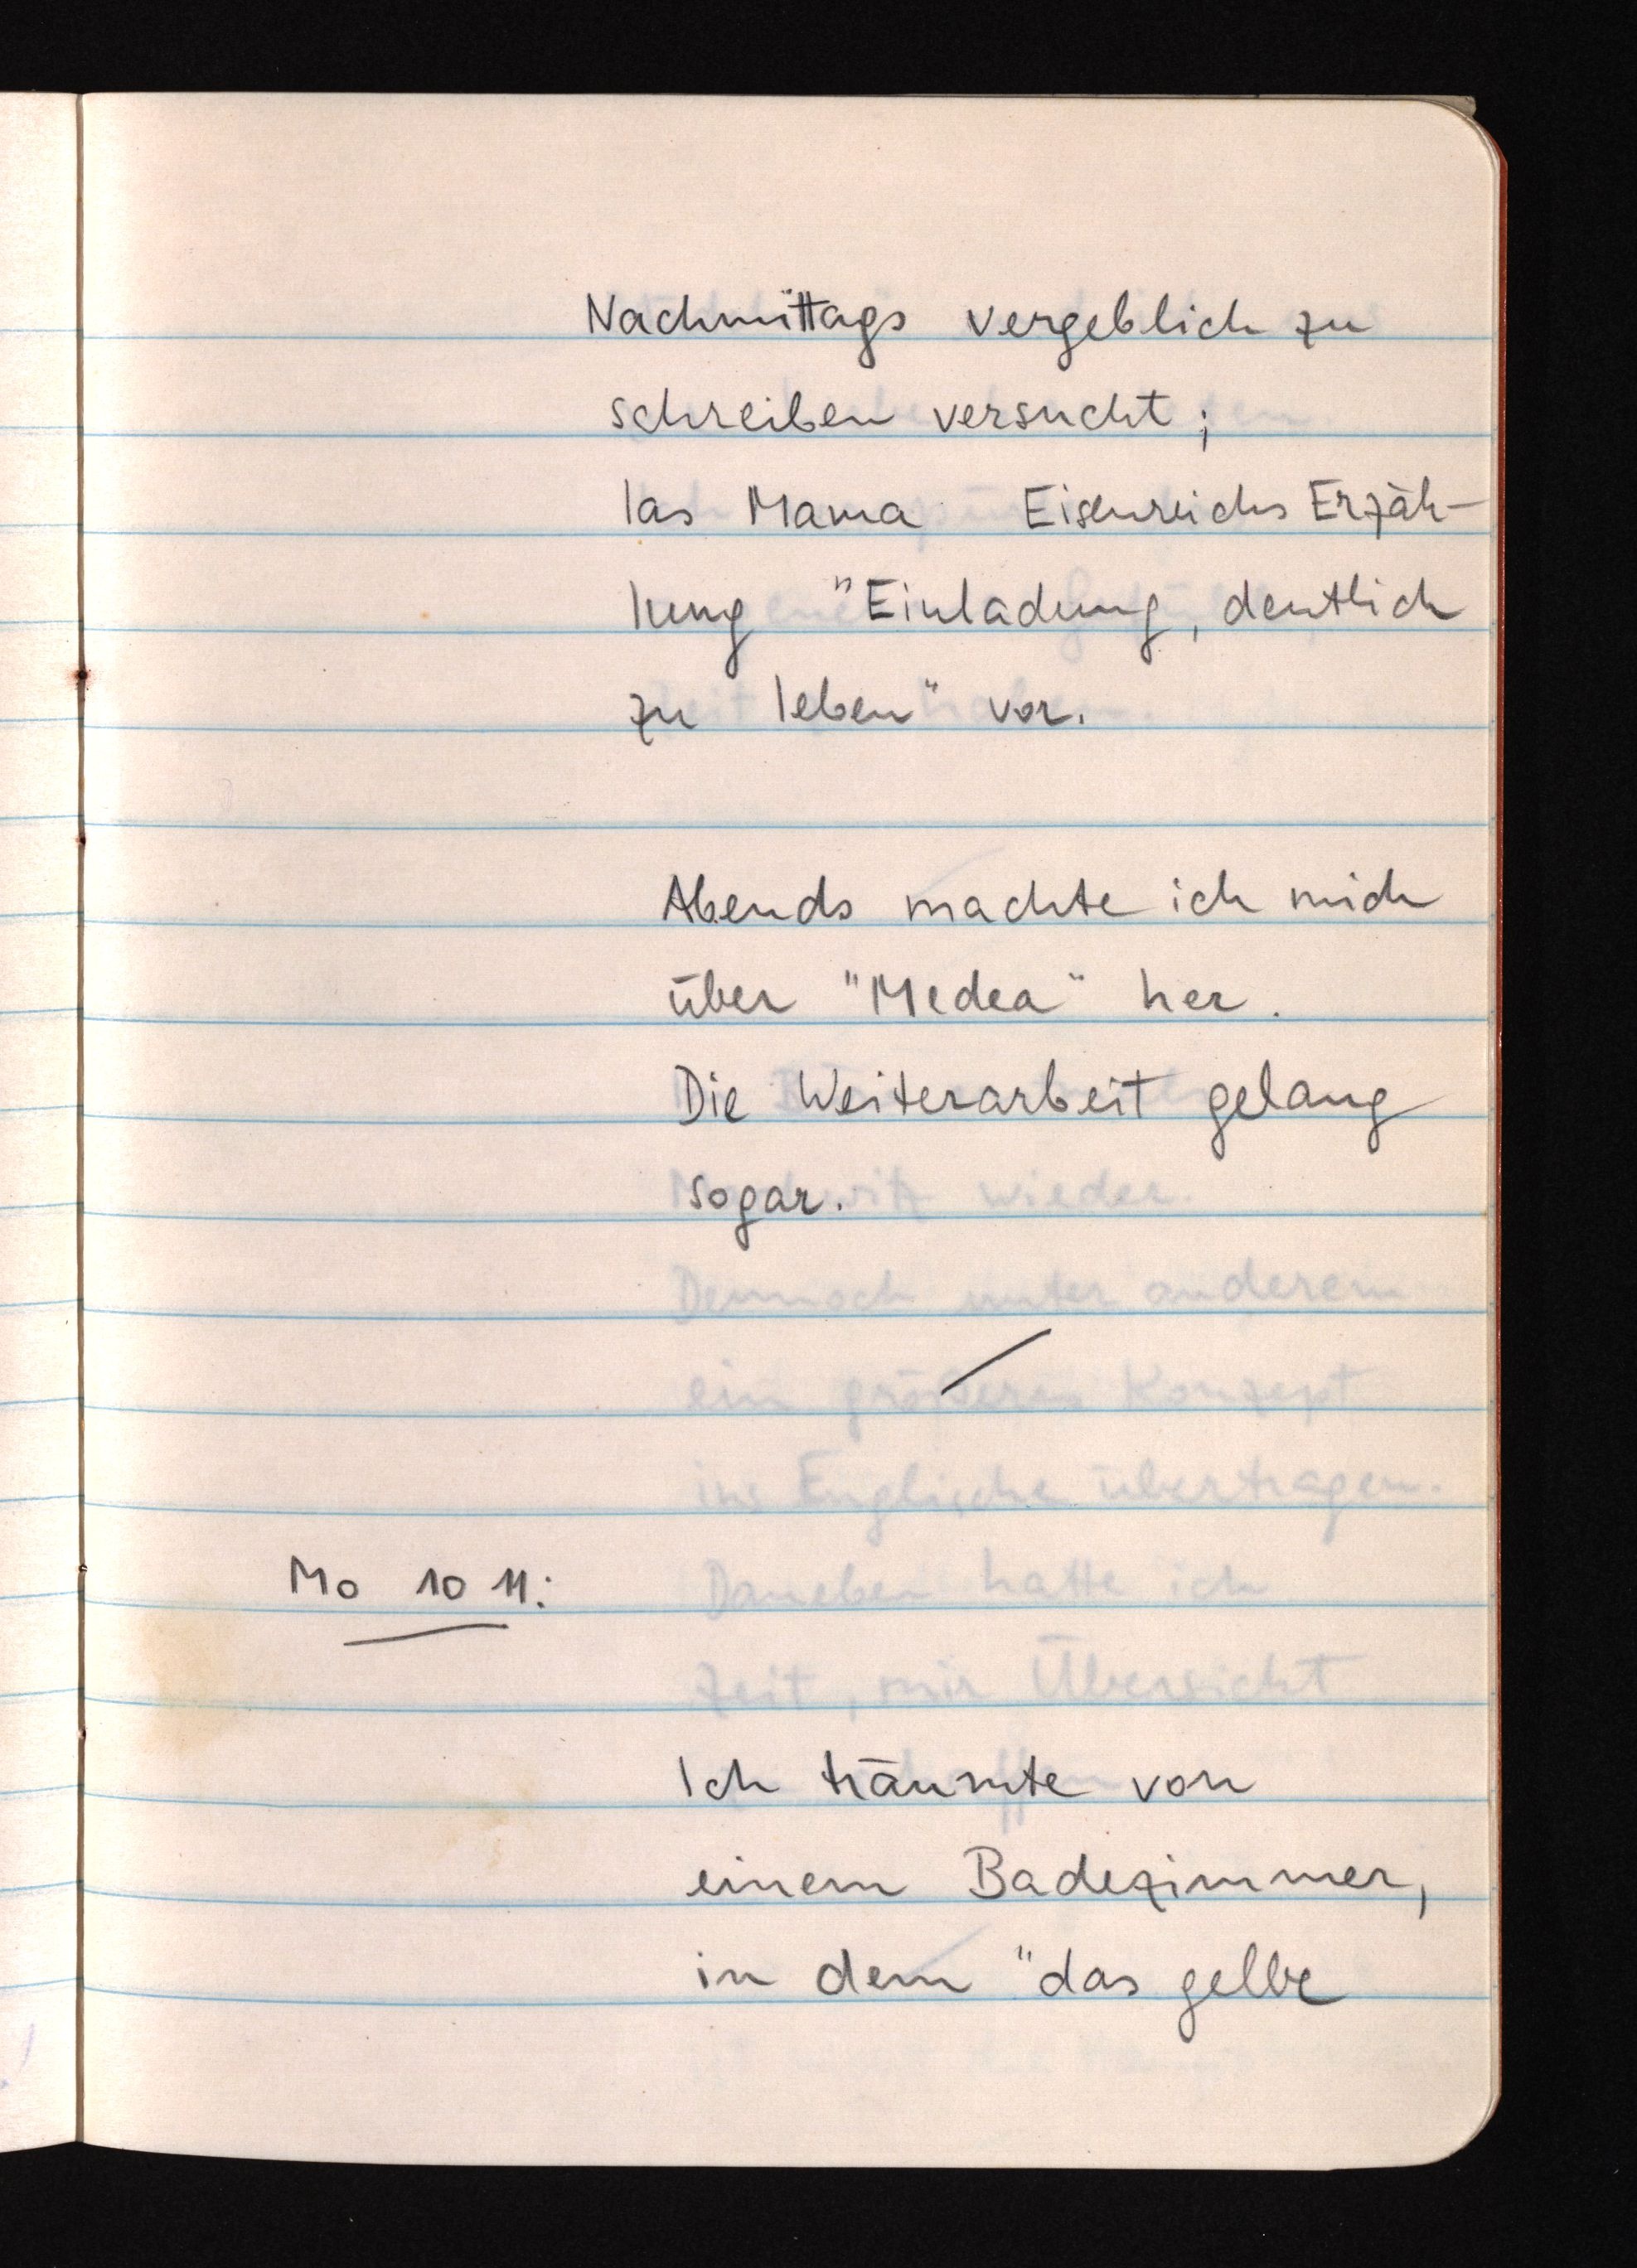
Nachmittags vergeblich zu
schreiben versucht;
las Mama Eisenreichs Erzäh¬
lung "Einladung, deutlich
zu leben" vor.
Abends machte ich mich
über "Medea" her.
Die Weiterarbeit gelang
sogar.
Mo 10 11:
Ich träumte von
einem Badezimmer,
in dem "das gelbe